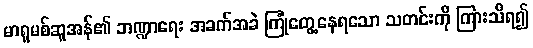
မာရူမစ်ဆူအန်၏ ဘဏ္ဍာရေး အခက်အခဲ ကြုံတွေ့နေရသော သတင်းကို ကြားသိရ၍